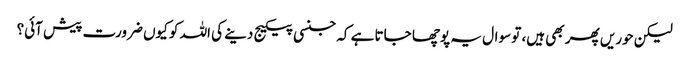
لیکن حوریں پھر بھی ہیں، تو سوال یہ پوچھا جاتا ہے کہ جنسی پیکیج دینے کی اللہ کو کیوں ضرورت پیش آئی؟